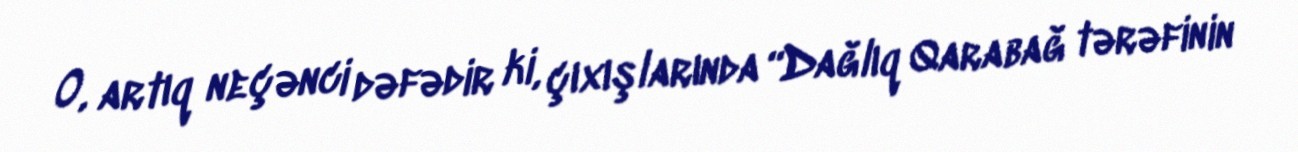
O, artıq neçənci dəfədir ki, çıxışlarında “Dağlıq Qarabağ tərəfinin